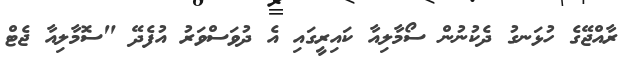
ރާއްޖޭގެ ހުޅަނގު ދެކުނުން ސޯމާލިއާ ކައިރީގައި އެ ދުވަސްވަރު އުފެދޭ "ސޮމާލިއާ ޖެޓް